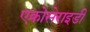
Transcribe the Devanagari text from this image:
एक्रोसेराइडी